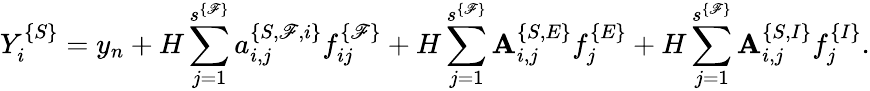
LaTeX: Y_{i}^{\{ S\} }=y_{n}+H\sum_{j=1}^{s^{\{ \mathscr{F}\} }}a_{i,j}^{\{ S,\mathscr{F},i\} }f_{ij}^{\{ \mathscr{F}\} }+H\sum_{j=1}^{s^{\{ \mathscr{F}\} }}{\mathbf{A}}_{i,j}^{\{ S,E\} }f_{j}^{\{ E\} }+H\sum_{j=1}^{s^{\{ \mathscr{F}\} }}{\mathbf{A}}_{i,j}^{\{ S,I\} }f_{j}^{\{ I\} }.